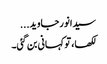
سیدانورجاوید...
لکھا، تو کہانی بن گئی۔